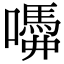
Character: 𡂣